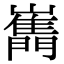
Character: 𡾧